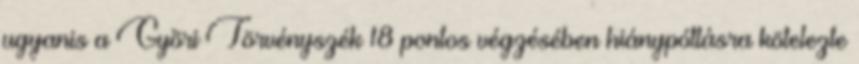
ugyanis a Gyõri Törvényszék 18 pontos végzésében hiánypótlásra kötelezte